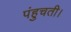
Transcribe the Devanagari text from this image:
पंहुचती।